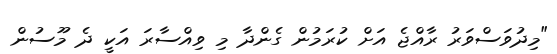
"މިދުވަސްވަރު ރާއްޖެ އަށް ކުރަމުން ގެންދާ މި ވިއްސާރަ އަކީ ދެ މޫސުން